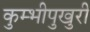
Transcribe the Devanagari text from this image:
कुम्भीपुखुरी